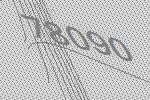
78090